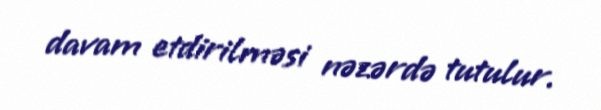
davam etdirilməsi nəzərdə tutulur.